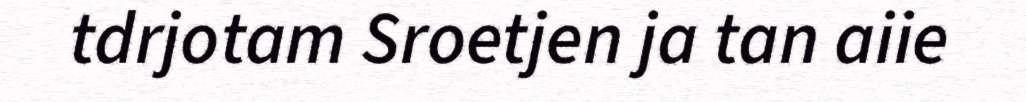
tdrjotam Sroetjen ja tan aiie